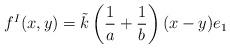
LaTeX: \begin{align*}f^I(x, y) = \tilde k \left( \frac 1 a + \frac 1 b \right) (x-y) e_1\end{align*}